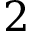
2